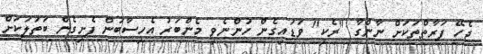
ޖެހޭ ފަރާތްތަކަށް ނާންގާ "ރެކި" ވަޑައިގެން ހުންނެވި މެންބަރު އެހިސާބުން ފެށިގެން ބަތަލަކަށް